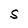
Character: S